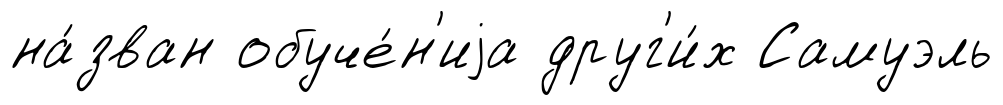
на́зван обуче́н'иjа друг'и́х Самуэль